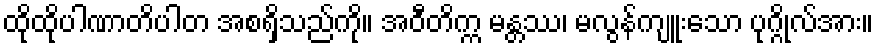
ထိုထိုပါဏာတိပါတ အစရှိသည်ကို။ အဝီတိက္က မန္တဿ၊ မလွန်ကျူးသော ပုဂ္ဂိုလ်အား။